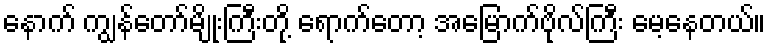
နောက် ကျွန်တော်မျိုးကြီးတို့ ရောက်တော့ အမြောက်ဗိုလ်ကြီး မေ့နေတယ်။